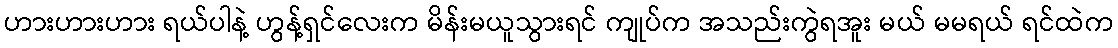
ဟားဟားဟား ရယ်ပါနဲ့ ဟွန့်ရှင်လေးက မိန်းမယူသွားရင် ကျုပ်က အသည်းကွဲရအူး မယ် မမရယ် ရင်ထဲက